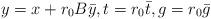
LaTeX: \begin{align*}y = x + r_0 B \bar y,t = r_0 \bar t, g = r_0 \bar g\end{align*}